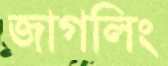
জাগলিং